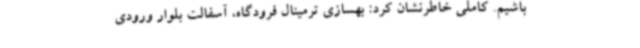
باشیم. کاملی خاطرنشان کرد: بهسازی ترمینال فرودگاه، آسفالت بلوار ورودی